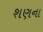
શણના